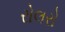
રોલરો